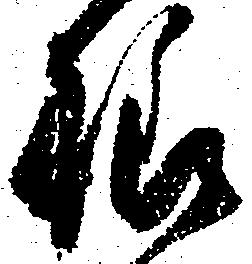
様